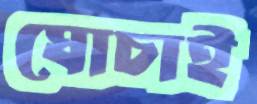
ঘোচাই